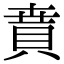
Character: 𧶚